Civil Veterinary Dept. Bombay admin report 1893-99 - 1893-1899
Year: 1893
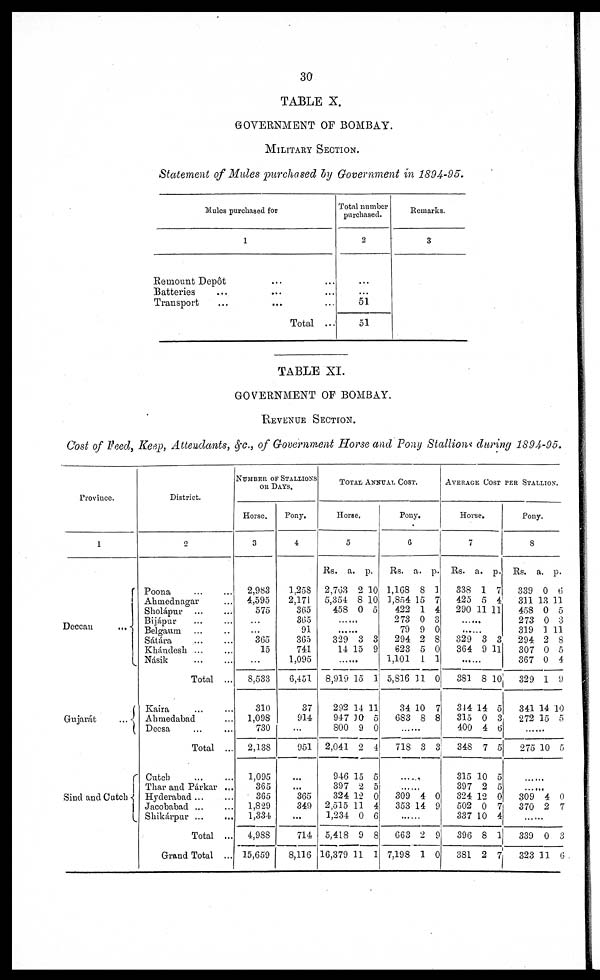
30
TABLE X.
GOVERNMENT OF BOMBAY.
MILITARY SECTION.
Statement of Mules purchased by Government in 1894-95.
Mules purchased for
1
Remount Depôt ... ...
Batteries
...
...
...
Transport ... ... ...
Total ...
Total number
purchased.
2
...
...
51
51
Remarks.
3
TABLE XI.
GOVERNMENT OF BOMBAY.
REVENUE SECTION.
Cost of Feed, Keep, Attendants. &c., of Government Horse and Pony Stallions durinq 1894-95.
Province.
1
Deccan
...
Gujarát
...
Sind and Cutch
District.
2
Poona
...
...
Ahmednagar ...
Sholápur ... ...
Bijápur ... ...
Belgaum ... ...
Sátára ... ...
Khándesh ... ...
Násik ... ...
Total ...
Kaira ... ...
Ahmedabad ...
Decsa ... ...
Total ...
Cutch
...
...
Thar and Párkar ...
Hyderabad ... ...
Jacobabad ... ...
Shikárpur ... ...
Total ...
Grand Total ...
NUMBER OF STALLIONS
OR DAYS.
Horse.
3
2,983
4,595
575
...
...
365
15
...
8,533
310
1,098
730
2,138
1,095
365
365
1,829
1,334
4,988
15,659
Pony.
4
1,258
2,171
365
365
91
365
741
1,095
6,451
37
914
...
951
...
...
365
349
...
714
8,116
TOTAL ANNUAL COST.
Horse.
5
Rs.
2,763
5,354
458
a.
2
8
0
p.
10
10
5
329
14
3
15
3
9
8,919
292
947
800
2,041
946
397
324
2,515
1,234
5,418
16,379
15
14
10
9
2
15
2
12
11
0
9
11
1
11
5
0
4
5
5
0
4
6
8
1
Pony.
6
Rs.
1,168
1,854
422
273
79
294
623
1,101
5,816
34
683
a.
8
15
1
0
9
2
5
1
11
10
8
p.
1
7
4
3
0
8
0
1
0
7
8
......
718 3 3
......
......
309
353
4
14
0
9
......
663
7,198
2
1
9
0
AVERAGE COST PER STALLION.
Horse.
7
Rs.
338
425
290
a.
1
5
11
p.
7
4
11
......
......
329
364
3
9
3
11
381
314
315
400
348
315
397
324
502
337
396
381
8
14
0
4
7
10
2
12
0
10
8
2
10
5
3
6
5
5
5
0
7
4
1
7
Pony.
8
Rs.
339
311
458
273
319
294
307
367
329
341
272
a.
0
13
0
0
1
2
0
0
1
14
15
p.
6
11
5
3
11
8
5
4
9
10
5
......
275 10 5
......
......
309
370
4
2
0
7
......
339
323
0
11
3
6